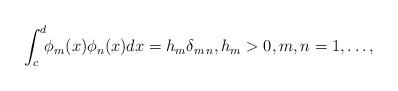
LaTeX: \begin{align*}\int_c^d\!\!\phi_m(x)\phi_n(x)dx=h_m\delta_{m\,n},h_m>0,m,n=1,\ldots,\end{align*}